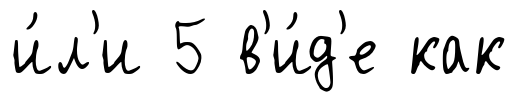
и́л'и 5 в'и́д'е как